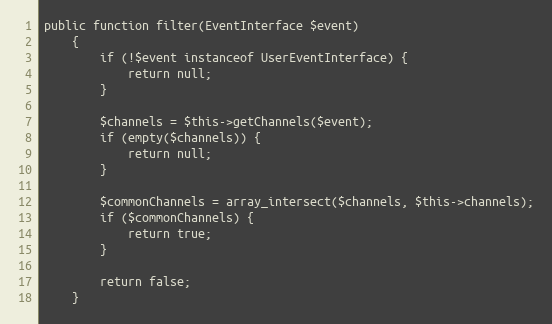
Language: PHP
public function filter(EventInterface $event)
    {
        if (!$event instanceof UserEventInterface) {
            return null;
        }

        $channels = $this->getChannels($event);
        if (empty($channels)) {
            return null;
        }

        $commonChannels = array_intersect($channels, $this->channels);
        if ($commonChannels) {
            return true;
        }

        return false;
    }